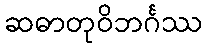
ဆဓာတုဝိဘင်္ဂဿ